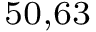
^ { 5 0 , 6 3 }